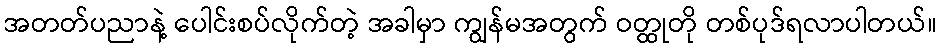
အတတ်ပညာနဲ့ ပေါင်းစပ်လိုက်တဲ့ အခါမှာ ကျွန်မအတွက် ဝတ္ထုတို တစ်ပုဒ်ရလာပါတယ်။